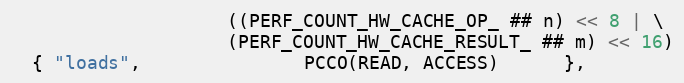
Language: C++
                    ((PERF_COUNT_HW_CACHE_OP_ ## n) << 8 | \
                    (PERF_COUNT_HW_CACHE_RESULT_ ## m) << 16)
  { "loads",               PCCO(READ, ACCESS)      },